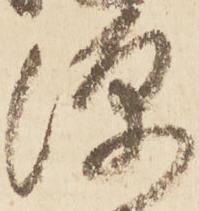
源